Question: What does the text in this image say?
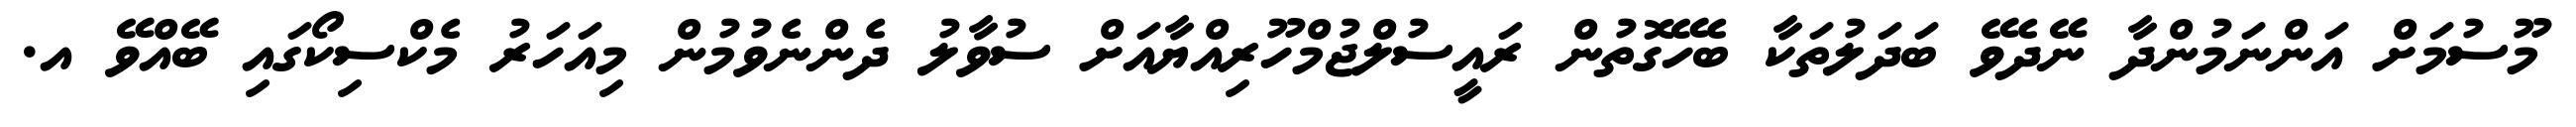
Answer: މޫސުމަށް އަންނަމުންދާ ނޭދެވޭ ބަދަލުތަކާ ބެހޭގޮތުން ރައީސުލްޖުމްހޫރިއްޔާއަށް ސުވާލު ދެންނެވުމުން މިއަހަރު މެކްސިކޯގައި ބޭއްވޭ އ.